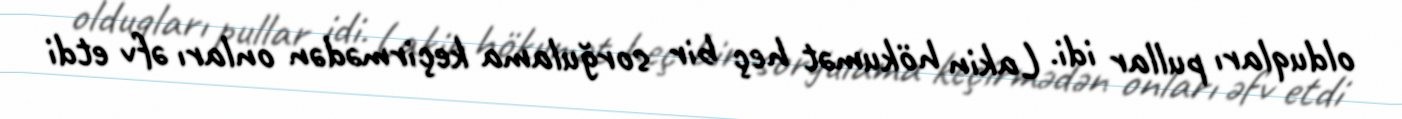
olduqları pullar idi. Lakin hökumət heç bir sorğulama keçirmədən onları əfv etdi